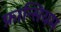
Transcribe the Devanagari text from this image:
फ्रान्सियम